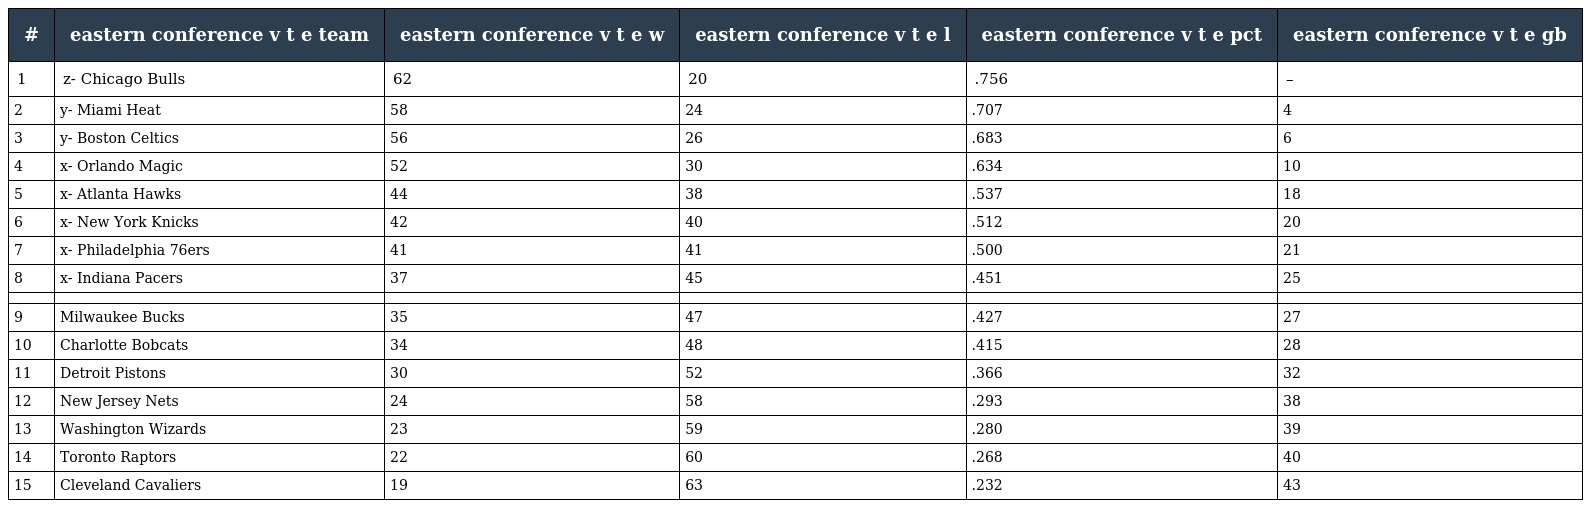
| # | eastern conference v t e team | eastern conference v t e w | eastern conference v t e l | eastern conference v t e pct | eastern conference v t e gb |
 | --- | --- | --- | --- | --- | --- |
 | 1 | z- Chicago Bulls | 62 | 20 | .756 | – |
 | 2 | y- Miami Heat | 58 | 24 | .707 | 4 |
 | 3 | y- Boston Celtics | 56 | 26 | .683 | 6 |
 | 4 | x- Orlando Magic | 52 | 30 | .634 | 10 |
 | 5 | x- Atlanta Hawks | 44 | 38 | .537 | 18 |
 | 6 | x- New York Knicks | 42 | 40 | .512 | 20 |
 | 7 | x- Philadelphia 76ers | 41 | 41 | .500 | 21 |
 | 8 | x- Indiana Pacers | 37 | 45 | .451 | 25 |
 |  |  |  |  |  |  |
 | 9 | Milwaukee Bucks | 35 | 47 | .427 | 27 |
 | 10 | Charlotte Bobcats | 34 | 48 | .415 | 28 |
 | 11 | Detroit Pistons | 30 | 52 | .366 | 32 |
 | 12 | New Jersey Nets | 24 | 58 | .293 | 38 |
 | 13 | Washington Wizards | 23 | 59 | .280 | 39 |
 | 14 | Toronto Raptors | 22 | 60 | .268 | 40 |
 | 15 | Cleveland Cavaliers | 19 | 63 | .232 | 43 |